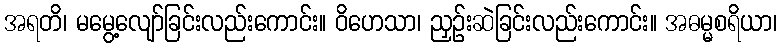
အရတိ၊ မမွေ့လျော်ခြင်းလည်းကောင်း။ ဝိဟေသာ၊ ညှဉ်းဆဲခြင်းလည်းကောင်း။ အဓမ္မစရိယာ၊